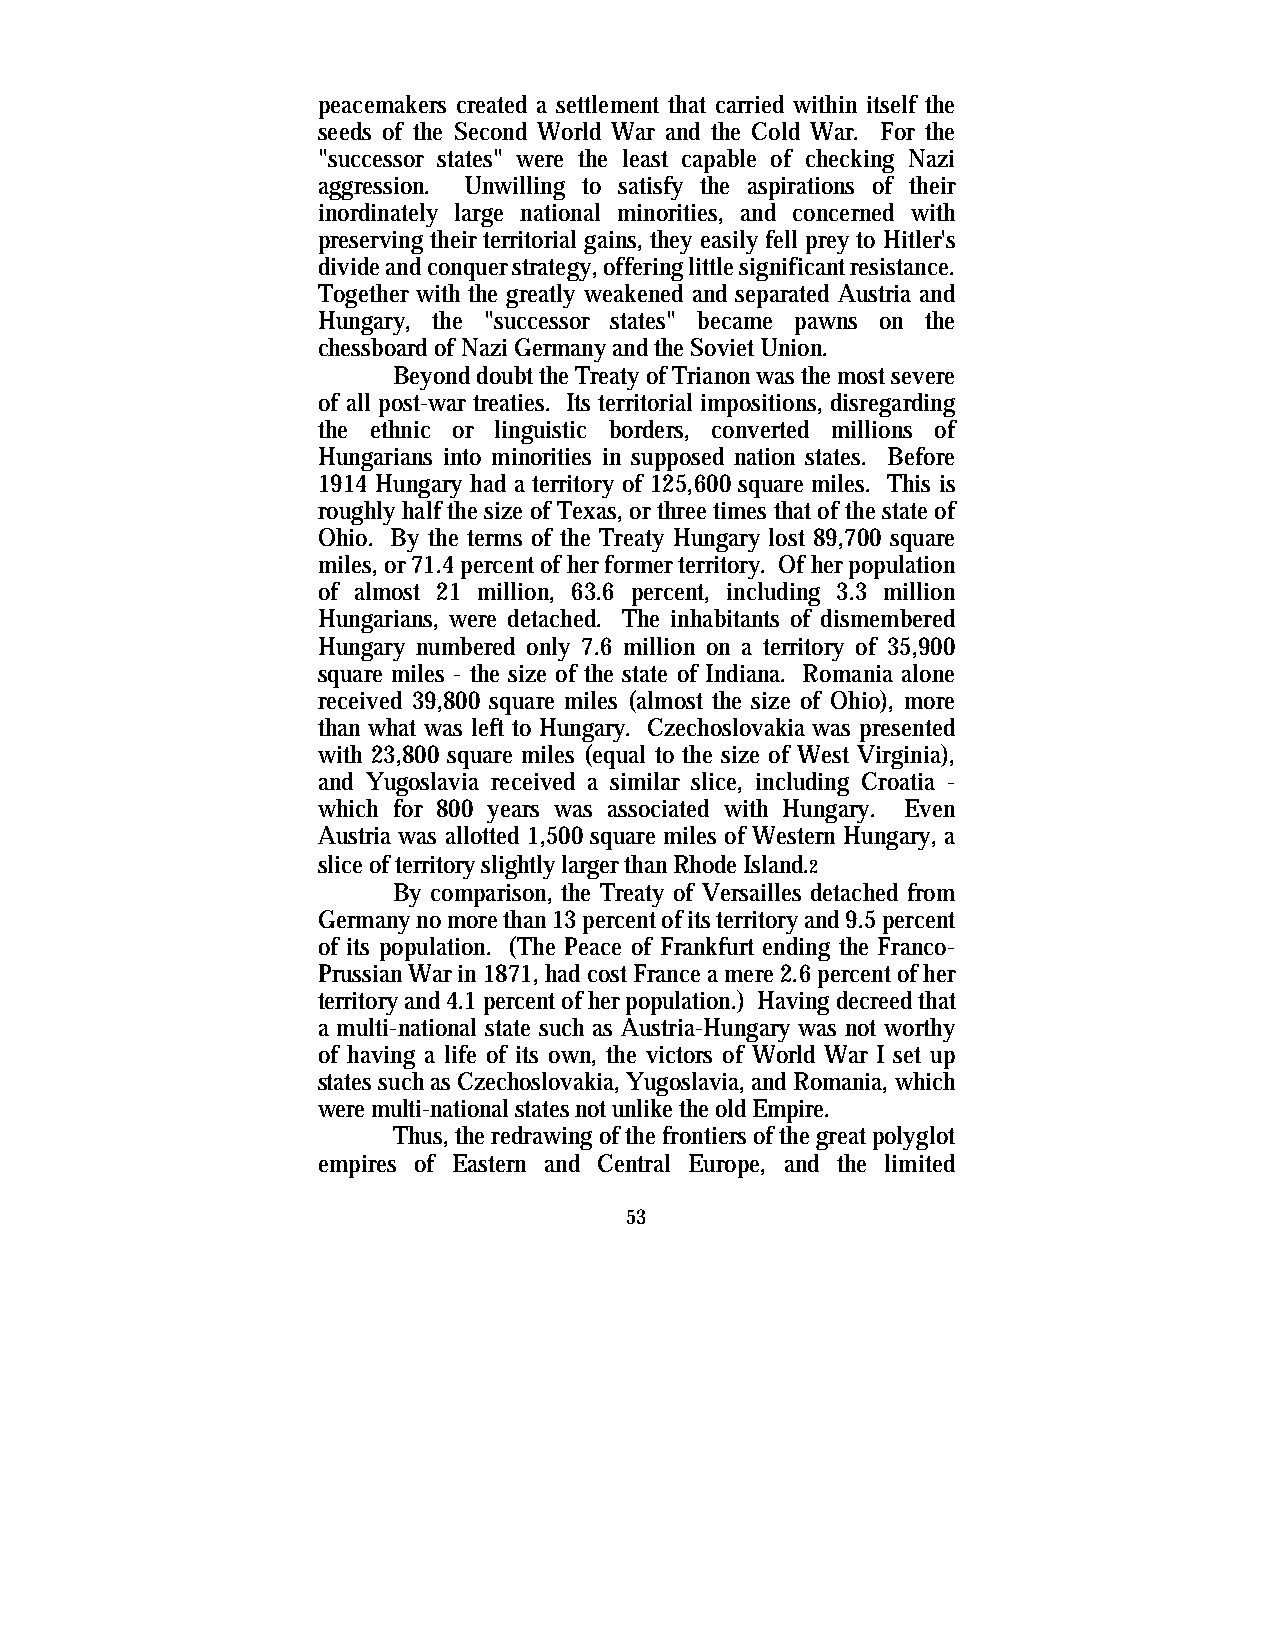
peacemakers created a settlement that carried within itself the
 seeds of the Second World War and the Cold War. For the
 "successor states" were the least capable of checking Nazi
 aggression. Unwilling to satisfy the aspirations of their
 inordinately large national minorities, and concerned with
 preserving their territorial gains, they easily fell prey to Hitler's
 divide and conquer strategy, offering little significant resistance.
 Together with the greatly weakened and separated Austria and
 Hungary, the "successor states" became pawns on the
 chessboard of Nazi Germany and the Soviet Union.
 Beyond doubt the Treaty of Trianon was the most severe
 of all post-war treaties. Its territorial impositions, disregarding
 the ethnic or linguistic borders, converted millions of
 Hungarians into minorities in supposed nation states. Before
 1914 Hungary had a territory of 125,600 square miles. This is
 roughly half the size of Texas, or three times that of the state of
 Ohio. By the terms of the Treaty Hungary lost 89,700 square
 miles, or 71.4 percent of her former territory. Of her population
 of almost 21 million, 63.6 percent, including 3.3 million
 Hungarians, were detached. The inhabitants of dismembered
 Hungary numbered only 7.6 million on a territory of 35,900
 square miles - the size of the state of Indiana. Romania alone
 received 39,800 square miles (almost the size of Ohio), more
 than what was left to Hungary. Czechoslovakia was presented
 with 23,800 square miles (equal to the size of West Virginia),
 and Yugoslavia received a similar slice, including Croatia -
 which for 800 years was associated with Hungary. Even
 Austria was allotted 1,500 square miles of Western Hungary, a
 slice of territory slightly larger than Rhode Island.2
 By comparison, the Treaty of Versailles detached from
 Germany no more than 13 percent of its territory and 9.5 percent
 of its population. (The Peace of Frankfurt ending the Franco-
 Prussian War in 1871, had cost France a mere 2.6 percent of her
 territory and 4.1 percent of her population.) Having decreed that
 a multi-national state such as Austria-Hungary was not worthy
 of having a life of its own, the victors of World War I set up
 states such as Czechoslovakia, Yugoslavia, and Romania, which
 were multi-national states not unlike the old Empire.
 Thus, the redrawing of the frontiers of the great polyglot
 empires of Eastern and Central Europe, and the limited
 53